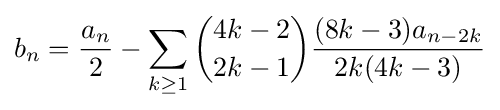
b_{n}={\frac {a_{n}}{2}}-\sum _{k\geq 1}{\binom {4k-2}{2k-1}}{\frac {(8k-3)a_{n-2k}}{2k(4k-3)}}